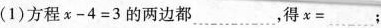
(1)方程x-4=3的两边都_ ，得x=_____；